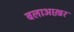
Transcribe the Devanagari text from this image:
बलाआख़र